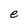
Character: e